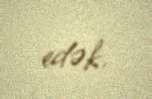
edək.